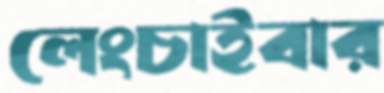
লেংচাইবার